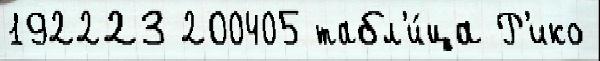
192223 200405 табл'и́ца Р'ико